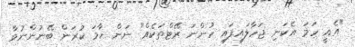
"އެއީ ހަމަ އެކަނި ޖަހާލައިފައި ހުންނަ ރޭޓްތަކެއް" ނަން ހާމަ ކުރަން ބޭނުންނުވާ